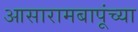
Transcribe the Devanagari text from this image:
आसारामबापूंच्या